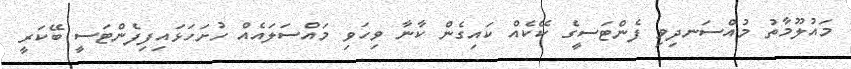
މައުލޫމާތު މުއްސަނދިވި ފެންޓަސީގެ ކޭކެއް ކައިގެން ކާނާ ވިހަވި މައްސަލައެއް ހުށަހަޅައިފިފެންޓަސީ ބޭކަރީ